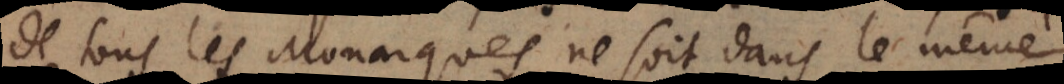
de tous les Monarques ne soit dans le même